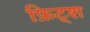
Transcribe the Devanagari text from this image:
फ़िट्श